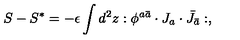
S - S ^ { * } = - \epsilon \int d ^ { 2 } z : \phi ^ { a \bar { a } } \cdot J _ { a } \cdot \bar { J } _ { \bar { a } } : ,